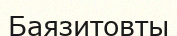
Баязитовты